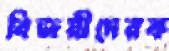
বিজয়ীদেরক